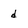
Character: d